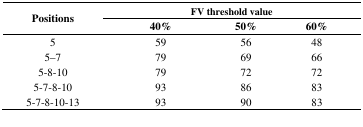
| <ROWSPAN=3> Positions | <COLSPAN=3> FV threshold value |
 | 40% | 50% | 60% |
 | --- | --- | --- | --- |
 | 5 | 59 | 56 | 48 |
 | 5–7 | 79 | 69 | 66 |
 | 5-8-10 | 79 | 72 | 72 |
 | 5-7-8-10 | 93 | 86 | 83 |
 | 5-7-8-10-13 | 93 | 90 | 83 |